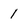
Character: 1